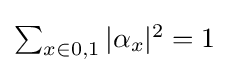
{\textstyle \sum _{x\in {0,1}}|\alpha _{x}|^{2}=1}